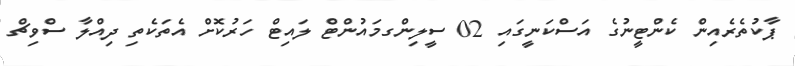
ޕާކުތެރެއިން ކެންޓީނުގެ އަސްކަނީގައި 02 ސީލިންގމައުންޓް ލައިޓް ހަރުކޮށް އެތަކެތި ދިއްލާ ސްވިޗް